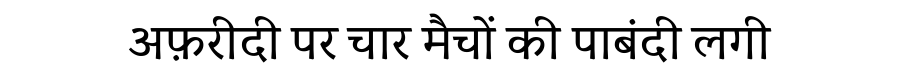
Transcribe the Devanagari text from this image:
अफ़रीदी पर चार मैचों की पाबंदी लगी